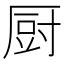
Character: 厨